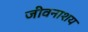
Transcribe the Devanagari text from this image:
जीवनाशय